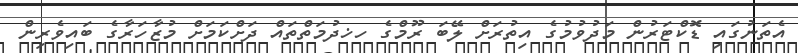
އެތަނުގައި ޑޮކްޓަރުން މަދުވުމުގެ އިތުރަށް ލޭބަ ރޫމްގެ ހޚދުމަތްތައް ދަށްކަމަށް މުޒާހަރާގެ ބައިވެރިން